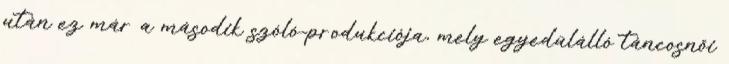
után ez már a második szóló-produkciója, mely egyedülálló táncosnői